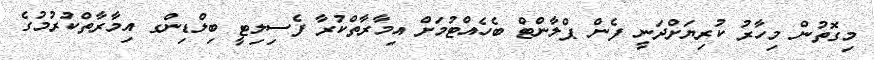
މިގޮތުން މިހާރު ކުރިޔަށްދަނީ ފެން ޕްލާންޓް ބެހެއްޓުމަށް އިމާރާތްކުރާ ފެސިލިޓީ ބިލްޑިންގ އިމާރާތްކުރުމުގެ